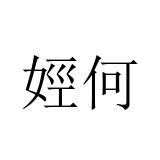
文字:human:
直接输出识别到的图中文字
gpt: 娙何